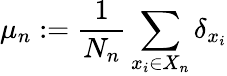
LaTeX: \mu_{n}:={\frac{1}{N_{n}}}\sum_{x_{i}\in X_{n}}\delta_{x_{i}}